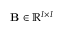
\mathbf { B } \in \mathbb { R } ^ { I \times I }